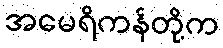
အမေရိကန်တို့က